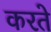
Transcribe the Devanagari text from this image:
करते